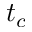
t _ { c }